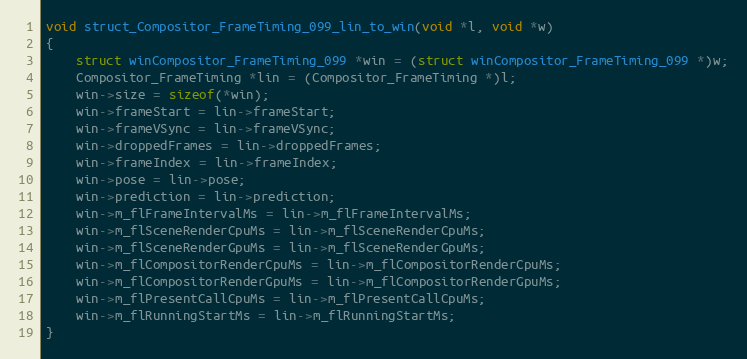
Language: C++
void struct_Compositor_FrameTiming_099_lin_to_win(void *l, void *w)
{
    struct winCompositor_FrameTiming_099 *win = (struct winCompositor_FrameTiming_099 *)w;
    Compositor_FrameTiming *lin = (Compositor_FrameTiming *)l;
    win->size = sizeof(*win);
    win->frameStart = lin->frameStart;
    win->frameVSync = lin->frameVSync;
    win->droppedFrames = lin->droppedFrames;
    win->frameIndex = lin->frameIndex;
    win->pose = lin->pose;
    win->prediction = lin->prediction;
    win->m_flFrameIntervalMs = lin->m_flFrameIntervalMs;
    win->m_flSceneRenderCpuMs = lin->m_flSceneRenderCpuMs;
    win->m_flSceneRenderGpuMs = lin->m_flSceneRenderGpuMs;
    win->m_flCompositorRenderCpuMs = lin->m_flCompositorRenderCpuMs;
    win->m_flCompositorRenderGpuMs = lin->m_flCompositorRenderGpuMs;
    win->m_flPresentCallCpuMs = lin->m_flPresentCallCpuMs;
    win->m_flRunningStartMs = lin->m_flRunningStartMs;
}